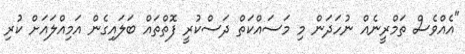
"އެއްވެސް ތަމްރީނެއް ނުހަދަން މި މަސައްކަތް ދަސްކުރީ ފޮތްތައް ބަލައިގެން އަމިއްލައަށް ކުރި